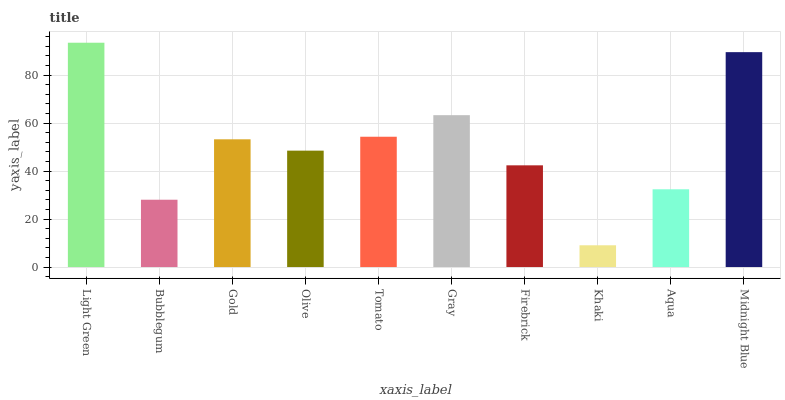
| xaxis_label | bars |
 | --- | --- |
 | Light Green | 93.5 |
 | Bubblegum | 28.1 |
 | Gold | 53.3 |
 | Olive | 48.5 |
 | Tomato | 54.3 |
 | Gray | 63.3 |
 | Firebrick | 42.4 |
 | Khaki | 9.07 |
 | Aqua | 32.4 |
 | Midnight Blue | 89.6 |